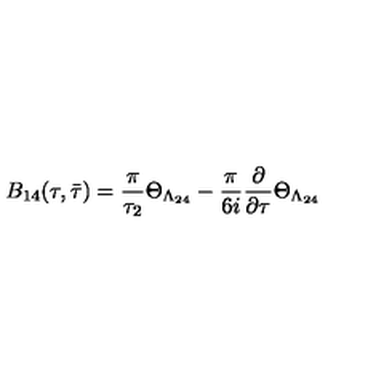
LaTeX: B _ { 1 4 } ( \tau , \bar { \tau } ) = \frac { \pi } { \tau _ { 2 } } \Theta _ { \Lambda _ { 2 4 } } - \frac { \pi } { 6 i } \frac { \partial } { \partial \tau } \Theta _ { \Lambda _ { 2 4 } }